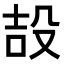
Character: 𭮪